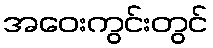
အဝေးကွင်းတွင်